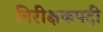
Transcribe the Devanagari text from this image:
निरीक्षकपदी